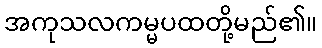
အကုသလကမ္မပထတို့မည်၏။